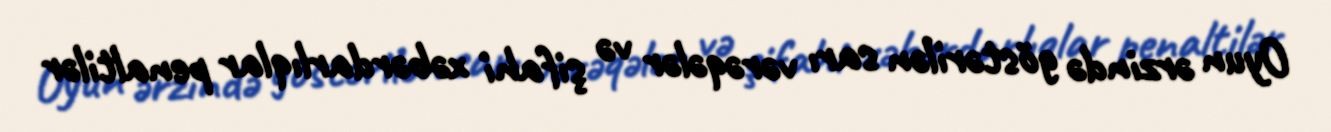
Oyun ərzində göstərilən sarı vərəqələr və şifahi xəbərdarlıqlar penaltilər